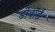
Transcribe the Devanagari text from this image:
डीवॉर्ड